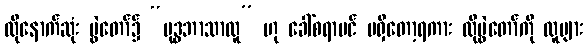
ထိုနောက်ဆုံး ပွဲတော်၌ “ဗုဒ္ဓဘာသာလူ” ဟု ခေါ်စရာပင် မရှိတော့ရကား ထိုပွဲတော်ကို လူများ